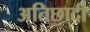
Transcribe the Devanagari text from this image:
अतिछादी